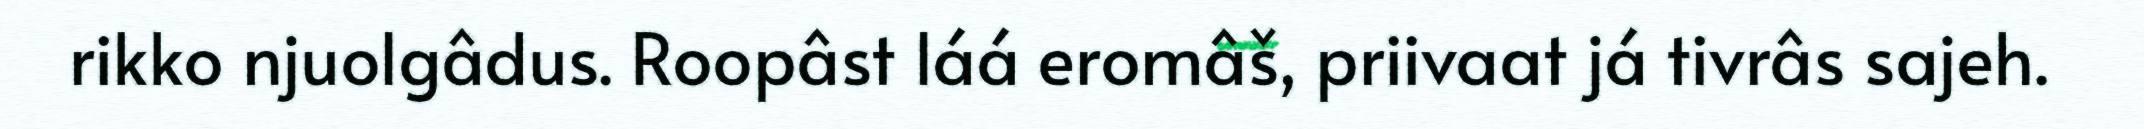
rikko njuolgâdus. Roopâst láá eromâš, priivaat já tivrâs sajeh.